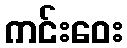
ကင်းဝေး